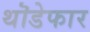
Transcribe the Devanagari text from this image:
थॊडेफार